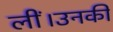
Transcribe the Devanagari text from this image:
लीं।उनकी